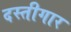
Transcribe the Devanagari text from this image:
दस्तीगार